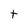
Character: t